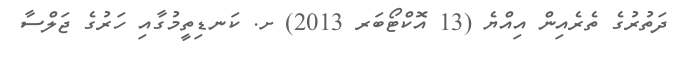
ދަތުރުގެ ތެރެއިން އިއްޔެ (13 އޮކްޓޯބަރ 2013) ށ. ކަނޑިތީމުގާއި ހަރުގެ ޖަލްސާ